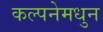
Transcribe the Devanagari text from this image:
कल्पनेमधुन